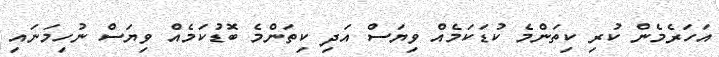
އަހަރެމެން ކުރި ކިތަންމެ ކުޑަކަމެއް ވިޔަސް އަދި ކިތަންމެ ބޮޑުކަމެއް ވިޔަސް ނުހިމަނައި